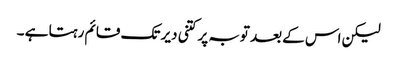
لیکن اس کے بعد توبہ پر کتنی دیر تک قائم رہتا ہے ۔